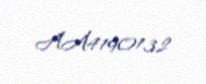
AA4190132